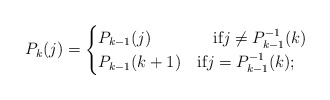
\begin{align*} P_{k}(j)=\begin{cases} P_{k-1}(j)&\quad\mbox{if}j\ne P^{-1}_{k-1}(k)\\ P_{k-1}(k+1) &\mbox{if}j=P^{-1}_{k-1}(k);\end{cases}\end{align*}